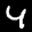
Label: 4